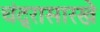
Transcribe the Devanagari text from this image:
चंद्रासारखे